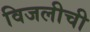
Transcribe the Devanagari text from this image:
विजलीची